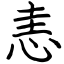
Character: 恚